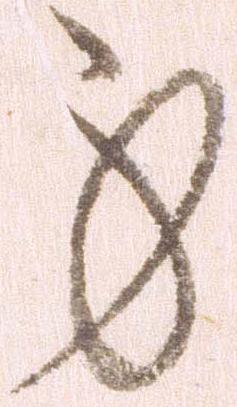
身